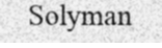
Solyman